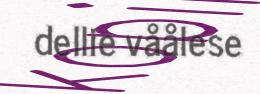
dellie våålese